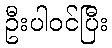
ဦးပါဝင်ပြီး